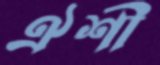
ঐশী